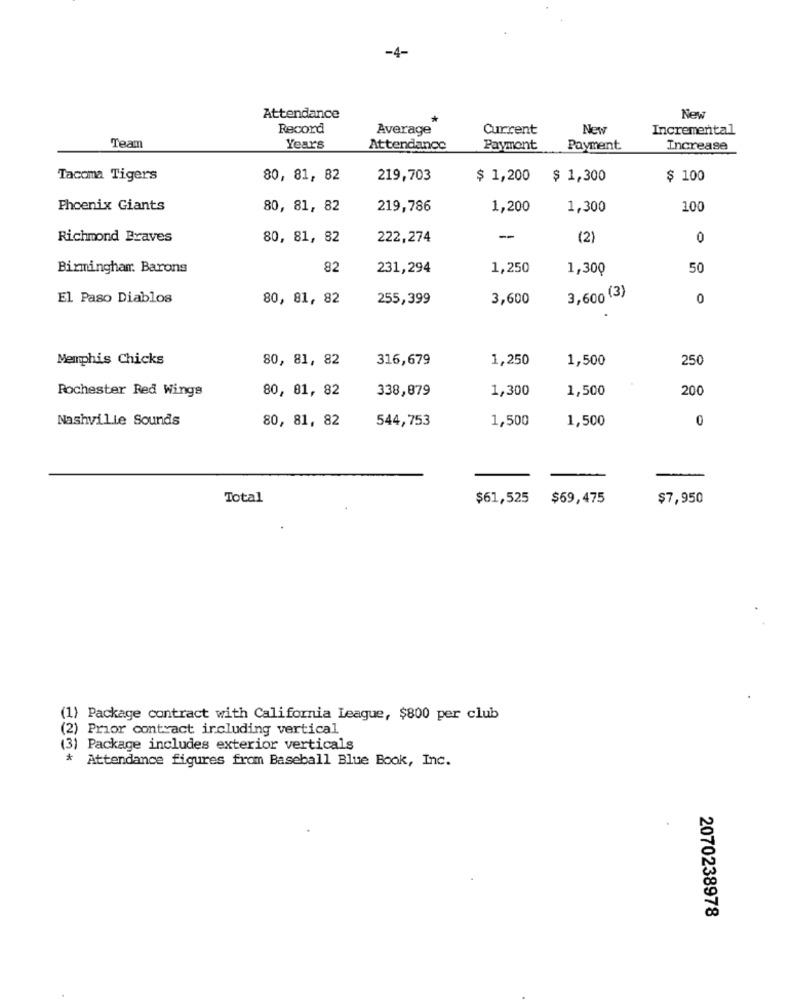
-4-
Attendance
New
Record
Average
Current
New
Incremental
Team
Years
Attendance
Payment
Payment
Increase
Tacoma Tigers
80, 81, 82
219,703
$ 1,200
$ 1,300
$ 100
Phoenix Giants
80, 81, 82
219,786
1,200
1,300
100
Richmond Braves
80, 81, 82
222,274
-
(2)
0
Birmingham: Barons
82
231,294
1,250
1,300
50
El Paso Diablos
80, 81, 82
255,399
3,600
3,600 (3)
0
Memphis Chicks
80, 81, 82
316,679
1,250
1,500
250
338,879
1,300
1,500
200
Rochester Red Wings
80, 81, 82
Nashville Sounds
80, 81, 82
544,753
1,500
1,500
0
Total
$61,525 $59,475
$7,950
(1) Package contract with California League, $800 per club
(2) Prior contract including vertical
(3) Package includes exterior verticals
* Attendance figures from Baseball Blue Book, Inc.
2070238978